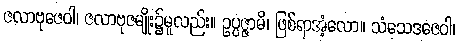
ဇလာဗုဇေဝါ၊ ဇလာဗုဇမျိုး၌မူလည်း။ ဥပ္ပဇ္ဇာမိ၊ ဖြစ်ရာအံ့လော။ သံသေဒဇေဝါ၊